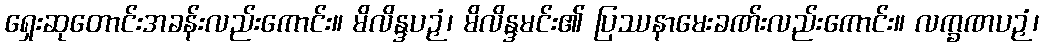
ရှေးဆုတောင်းအခန်းလည်းကောင်း။ မိလိန္ဒပဉှံ၊ မိလိန္ဒမင်း၏ ပြဿနာမေးခဏ်းလည်းကောင်း။ လက္ခဏပဉှံ၊